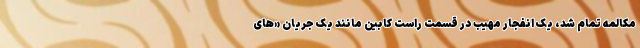
مکالمه تمام شد، یک انفجار مهیب در قسمت راست کابین مانند یک جریان «های